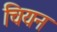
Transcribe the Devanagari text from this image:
चियन